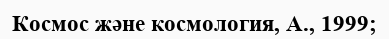
Космос және космология, А., 1999;